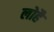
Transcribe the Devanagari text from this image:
लोहै